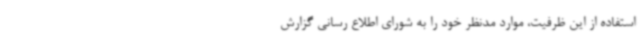
استفاده از این ظرفیت، موارد مدنظر خود را به شورای اطلاع رسانی گزارش